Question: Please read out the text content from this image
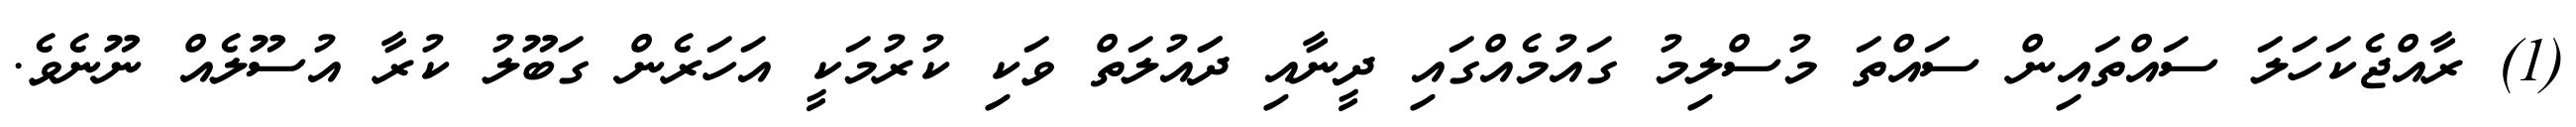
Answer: (1) ރާއްޖެކަހަލަ ސައްތައިން ސައްތަ މުސްލިމު ގައުމެއްގައި ދީނާއި ދަައުލަތް ވަކި ކުރުމަކީ އަހަރެން ގަބޫލު ކުރާ އުސޫލެއް ނޫނެވެ.